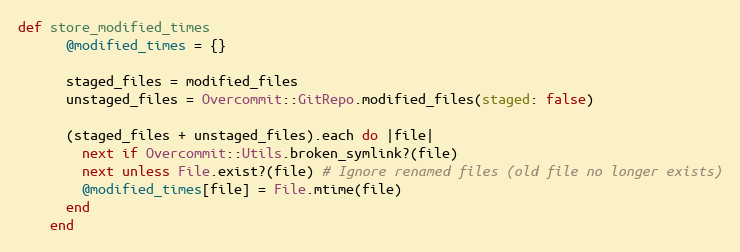
Language: Ruby
def store_modified_times
      @modified_times = {}

      staged_files = modified_files
      unstaged_files = Overcommit::GitRepo.modified_files(staged: false)

      (staged_files + unstaged_files).each do |file|
        next if Overcommit::Utils.broken_symlink?(file)
        next unless File.exist?(file) # Ignore renamed files (old file no longer exists)
        @modified_times[file] = File.mtime(file)
      end
    end